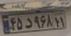
۴۵د۹۶۸۱۱